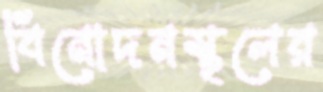
বিনোদনস্থলের